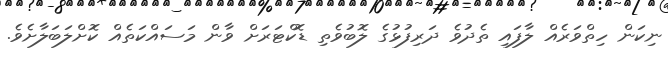
ނިކަން ހިތްވަރެއް ލާފައި ތެދުވެ ދަރިފުޅުގެ ލޮބުވެތި ޑޮކްޓަރަށް ވާން މަސައްކަތެއް ކޮށްލަބަލާށެވެ.